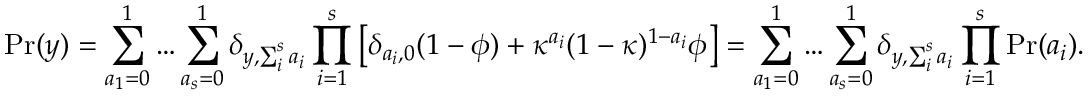
\mathrm { P r } ( y ) = \sum _ { a _ { 1 } = 0 } ^ { 1 } \dots \sum _ { a _ { s } = 0 } ^ { 1 } \delta _ { y , \sum _ { i } ^ { s } a _ { i } } \prod _ { i = 1 } ^ { s } \left[ \delta _ { a _ { i } , 0 } ( 1 - \phi ) + \kappa ^ { a _ { i } } ( 1 - \kappa ) ^ { 1 - a _ { i } } \phi \right] = \sum _ { a _ { 1 } = 0 } ^ { 1 } \dots \sum _ { a _ { s } = 0 } ^ { 1 } \delta _ { y , \sum _ { i } ^ { s } a _ { i } } \prod _ { i = 1 } ^ { s } \mathrm { P r } ( a _ { i } ) .